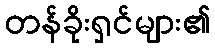
တန်ခိုးရှင်များ၏